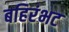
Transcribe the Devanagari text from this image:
बहिरंभट